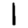
Digit: 1